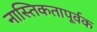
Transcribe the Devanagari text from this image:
नास्तिकतापूर्वक